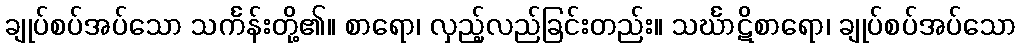
ချုပ်စပ်အပ်သော သင်္ကန်းတို့၏။ စာရော၊ လှည့်လည်ခြင်းတည်း။ သင်္ဃာဋိစာရော၊ ချုပ်စပ်အပ်သော